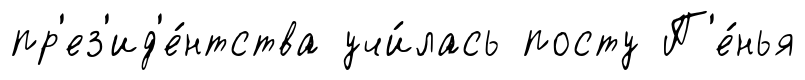
пр'ез'ид'е́нтства учи́лась посту П'е́нья